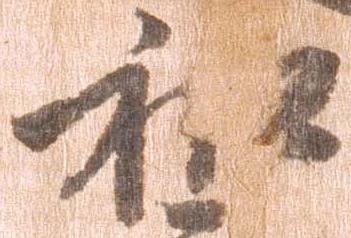
和